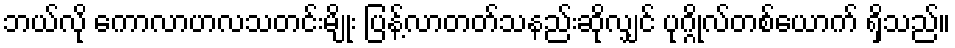
ဘယ်လို ကောလာဟလသတင်းမျိုး ပြန့်လာတတ်သနည်းဆိုလျှင် ပုဂ္ဂိုလ်တစ်ယောက် ရှိသည်။